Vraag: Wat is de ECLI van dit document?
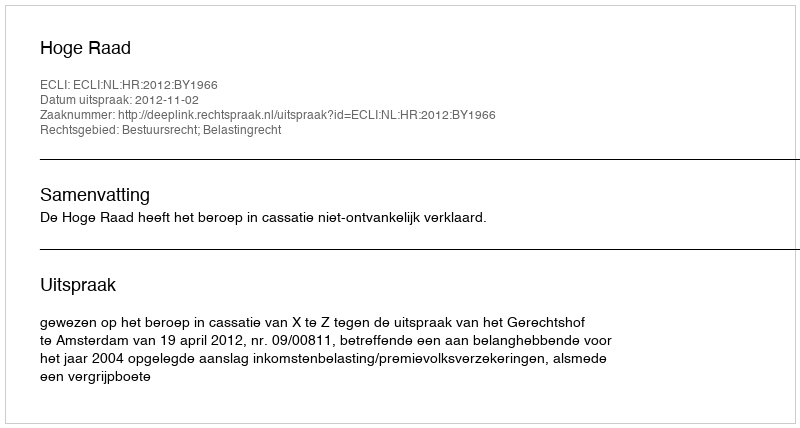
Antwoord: ECLI:NL:HR:2012:BY1966